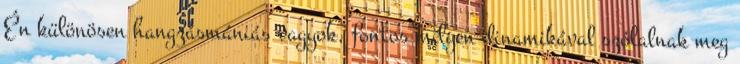
Én különösen hangzásmániás vagyok, fontos milyen dinamikával szólalnak meg